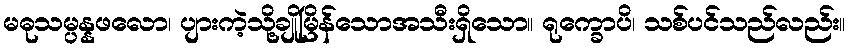
မဓုသမ္ပန္နဖလော၊ ပျားကဲ့သို့ချိုမြိန်သောအသီးရှိသော။ ရုက္ခောပိ၊ သစ်ပင်သည်လည်း။